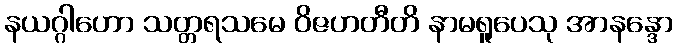
နယဂ္ဂါဟော သတ္တရသမေ ဝိဇဟတီတိ နာမရူပေသု အာနန္ဒော